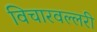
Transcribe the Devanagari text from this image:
विचारवल्लरी